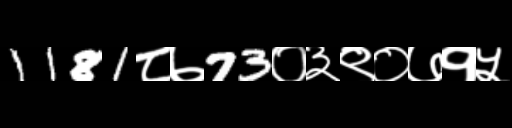
Text: 1181८७73०३९०७१५